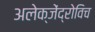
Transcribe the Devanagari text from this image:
अलेक्जेंद्रोविच